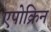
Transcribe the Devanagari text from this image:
एपोक्रिन